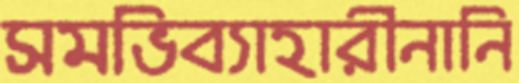
সমভিব্যাহারীনানি